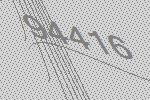
94416